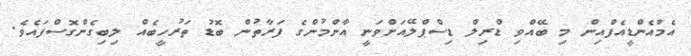
އެމްްއެންޑީއެފްއިން މި ބޭއްވި ޑްރިލް ޑިސްޕްލޭއަށްވަނީ އާންމުންގެ ފަރާތުން ބޮޑު ތަރުހީބެއް ލިބިގެންގޮސްފައެވެ.